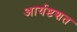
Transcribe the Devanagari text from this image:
आर्यष्टशत